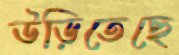
উড়িতেছে